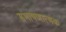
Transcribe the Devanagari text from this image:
संभाषणात्मक